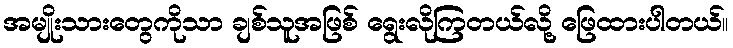
အမျိုးသားတွေကိုသာ ချစ်သူအဖြစ် ရွေးလိုကြတယ်လို့ ဖြေထားပါတယ်။